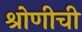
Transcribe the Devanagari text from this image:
श्रोणीची